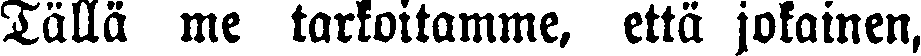
Tällä me tarkoitamme, että jokainen,